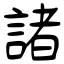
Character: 諸